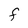
Character: F